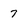
Character: 7